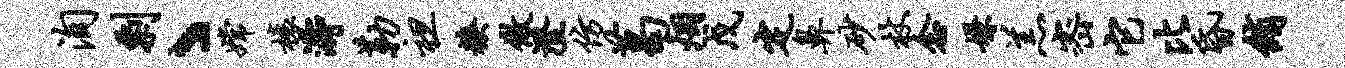
洵剽丶嫦榱涛勒袒糗做澄仿葛烟戊定鼻砂杖念嫌羔密它比昏绡